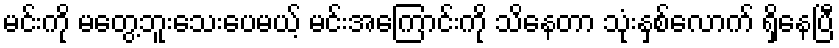
မင်းကို မတွေ့ဘူးသေးပေမယ့် မင်းအကြောင်းကို သိနေတာ သုံးနှစ်လောက် ရှိနေပြီ